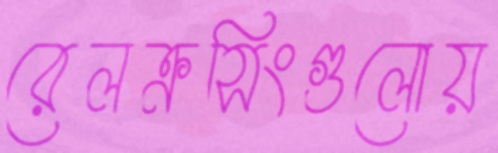
রেলক্রসিংগুলোয়